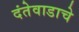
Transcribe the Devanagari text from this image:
दंतेवाडाचे